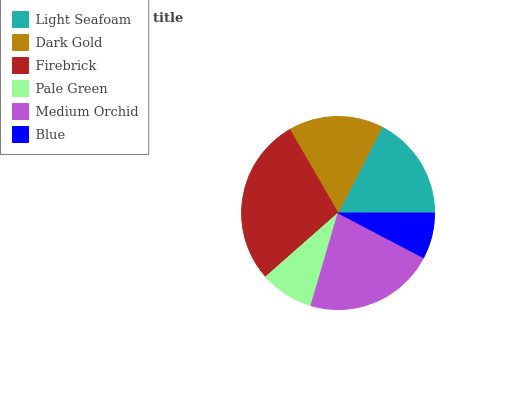
| Light Seafoam | Dark Gold | Firebrick | Pale Green | Medium Orchid | Blue |
 | --- | --- | --- | --- | --- | --- |
 | 17.5% | 15.9% | 28.2% | 8.97% | 21.8% | 7.68% |